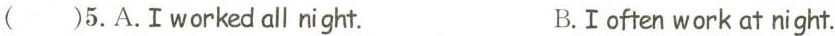
()5.A.I worked all night. B.I often work at night.